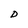
Character: D